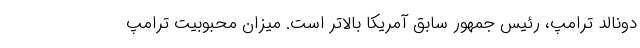
دونالد ترامپ، رئیس جمهور سابق آمریکا بالاتر است. میزان محبوبیت ترامپ